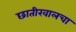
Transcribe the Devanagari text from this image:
छातीखालचा